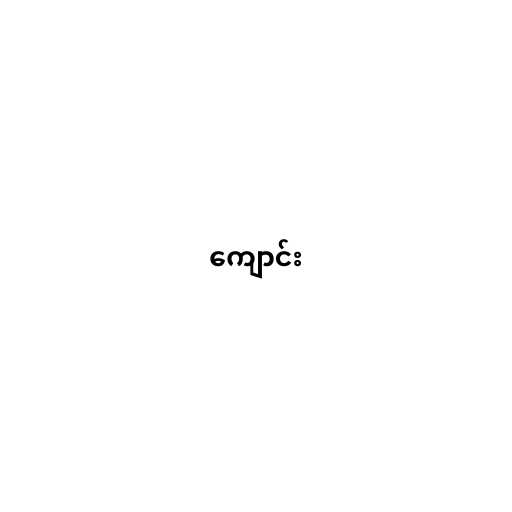
ကျောင်း